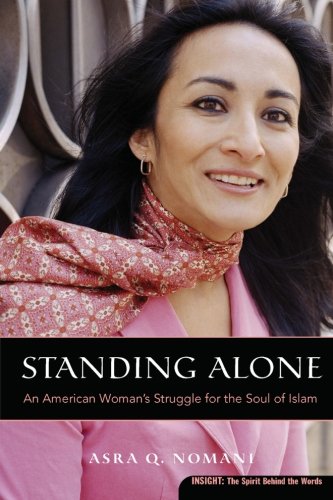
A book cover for Standing Alone: An American Woman's Struggle for the Soul of Islam (Plus); Asra Q. Nomani; Religion & Spirituality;